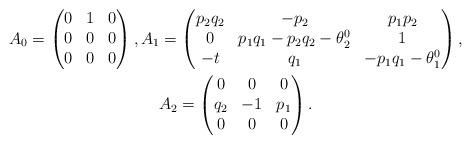
LaTeX: \begin{gather*}A_0= \begin{pmatrix}0 & 1 & 0 \\0 & 0 & 0 \\0 & 0 & 0\end{pmatrix},A_1=\begin{pmatrix}p_2q_2 & -p_2 & p_1p_2 \\0 & p_1q_1-p_2q_2-\theta^0_2 & 1 \\-t & q_1 & -p_1q_1-\theta^0_1\end{pmatrix},\\A_2=\begin{pmatrix}0 & 0 & 0 \\q_2 & -1 & p_1 \\0 & 0 & 0\end{pmatrix}.\end{gather*}